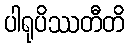
ပါရုပိဿတီတိ